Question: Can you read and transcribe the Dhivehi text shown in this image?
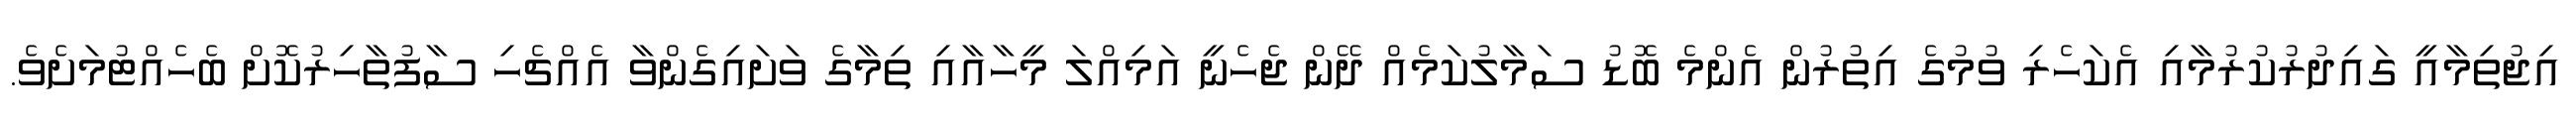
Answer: އިޖުތިމާއީ ގައިދުރުކުރުމާއި އެކަހެރި ވުމުގެ އިތުރުން އެންމެ ބޮޑު ސަމާލުކަމެއް ދޭން ޖެހެނީ އަމިއްލަ މީހާއާއި ތިމާގެ ވަށައިގެންވާ އެއްޗެހި ސާފުތާހިރުކޮށް ބެހެއްޓުމަށެވެ.